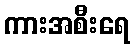
ကားအစီးရေ